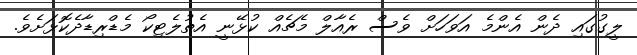
ލީގުގައި ދެން އެންމެ އަވަހަށް ވެސް ރެއާލް މެޗެއް ކުޅޭނީ އެތުލެޓިކޯ މެޑްރިޑާދެކޮޅަށެވެ.